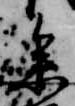
参